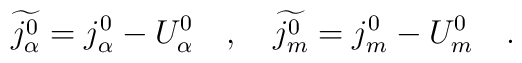
\widetilde{j_\alpha ^0}=j_\alpha ^0-U_\alpha ^0\quad ,\quad \widetilde{j_m^0}=j_m^0-U_m^0\quad .